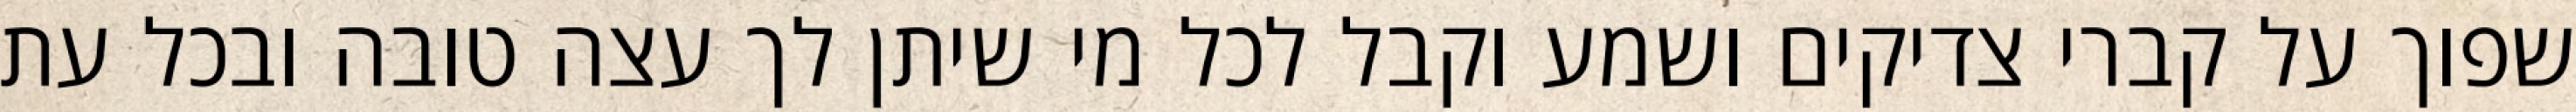
שפוך על קברי צדיקים ושמע וקבל לכל מי שיתן לך עצה טובה ובכל עת